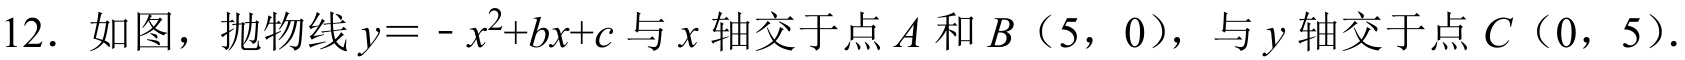
12. 如图，抛物线\(y = -x^{2}+bx + c\)与\(x\)轴交于点\(A\)和\(B\)（\(5\)，\(0\)），与\(y\)轴交于点\(C\)（\(0\)，\(5\)）.